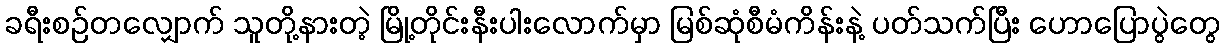
ခရီးစဉ်တလျှောက် သူတို့နားတဲ့ မြို့တိုင်းနီးပါးလောက်မှာ မြစ်ဆုံစီမံကိန်းနဲ့ ပတ်သက်ပြီး ဟောပြောပွဲတွေ